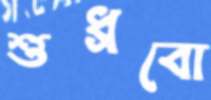
শুধ্‌রবো